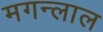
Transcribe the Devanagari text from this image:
मगन्लाल